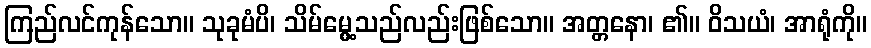
ကြည်လင်ကုန်သော။ သုခုမံပိ၊ သိမ်မွေ့သည်လည်းဖြစ်သော။ အတ္တနော၊ ၏။ ဝိသယံ၊ အာရုံကို။